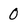
Character: 0